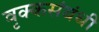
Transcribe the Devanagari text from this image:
वृक्कसंबंधी